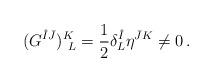
LaTeX: \begin{align*}(G^{\hat{I}\bar{J}})^K_{~L}={1\over 2}\delta^{\hat{I}}_L\eta^{\bar{J}K}\neq 0\,.\end{align*}